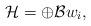
LaTeX: \begin{align*}\mathcal{H}= \oplus \mathcal{B} w_i,\end{align*}